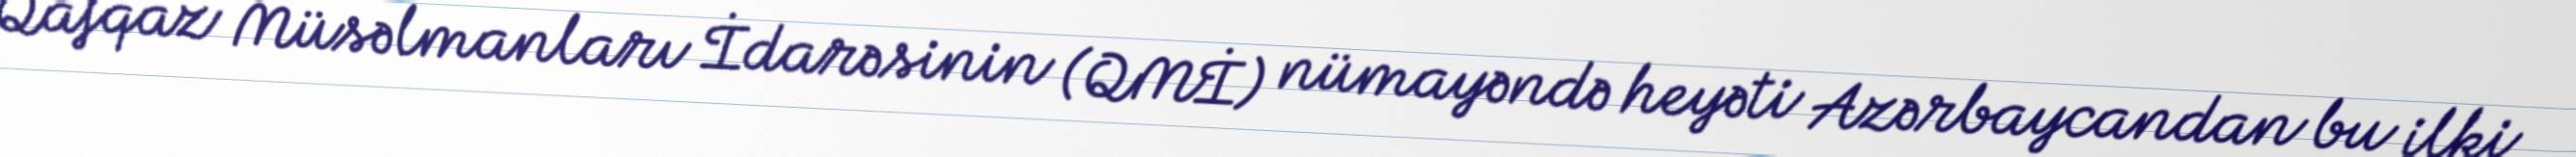
Qafqaz Müsəlmanları İdarəsinin (QMİ) nümayəndə heyəti Azərbaycandan bu ilki